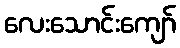
လေးသောင်းကျော်